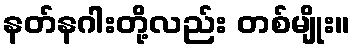
နတ်နဂါးတို့လည်း တစ်မျိုး။